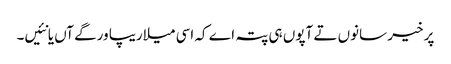
پر خیر سانوں تے آپوں ہی پتہ اے کہ اسی میلاریپا ورگے آں یا نئیں۔